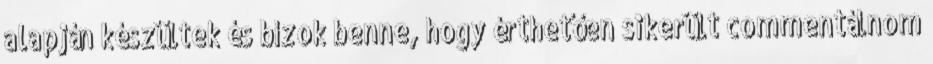
alapján készültek és bízok benne, hogy érthetően sikerült commentálnom